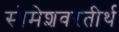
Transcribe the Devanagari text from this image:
सोमेशवरतीर्थ